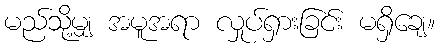
မည်သို့မျှ အမူအရာ လှုပ်ရှားခြင်း မရှိချေ။